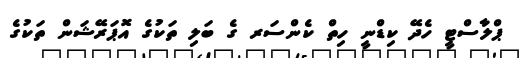
ޕްލާސްޓީ ހެދޭ ކިޑްނީ ހިތް ކެންސަރ ގެ ބަލި ތަކުގެ އޮޕަރޭޝަން ތަކުގެ